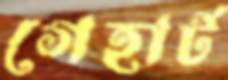
গেহার্ট